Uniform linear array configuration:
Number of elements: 8
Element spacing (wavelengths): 0.25
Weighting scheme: kaiser
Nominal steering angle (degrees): -60
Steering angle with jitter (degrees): -61.032
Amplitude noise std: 0.05
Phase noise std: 0.05

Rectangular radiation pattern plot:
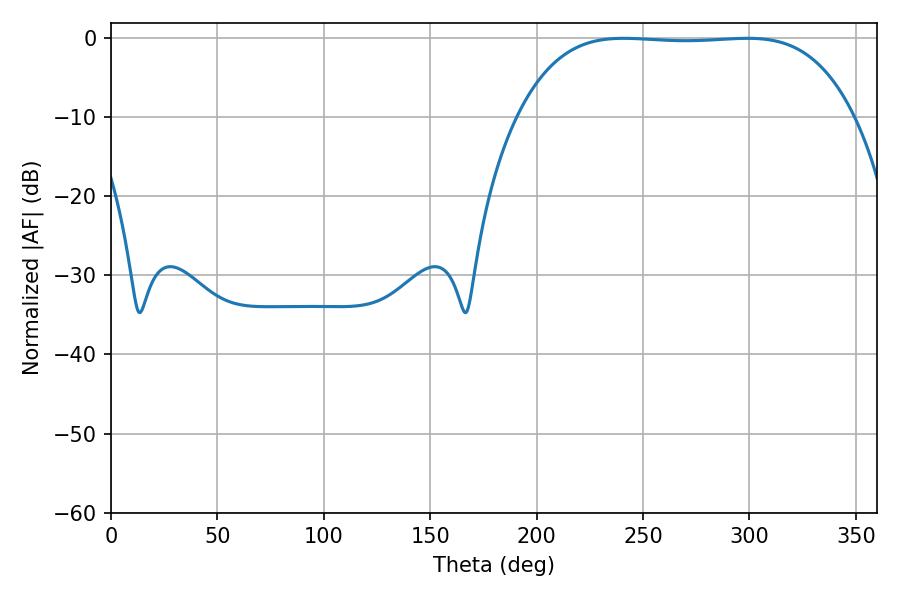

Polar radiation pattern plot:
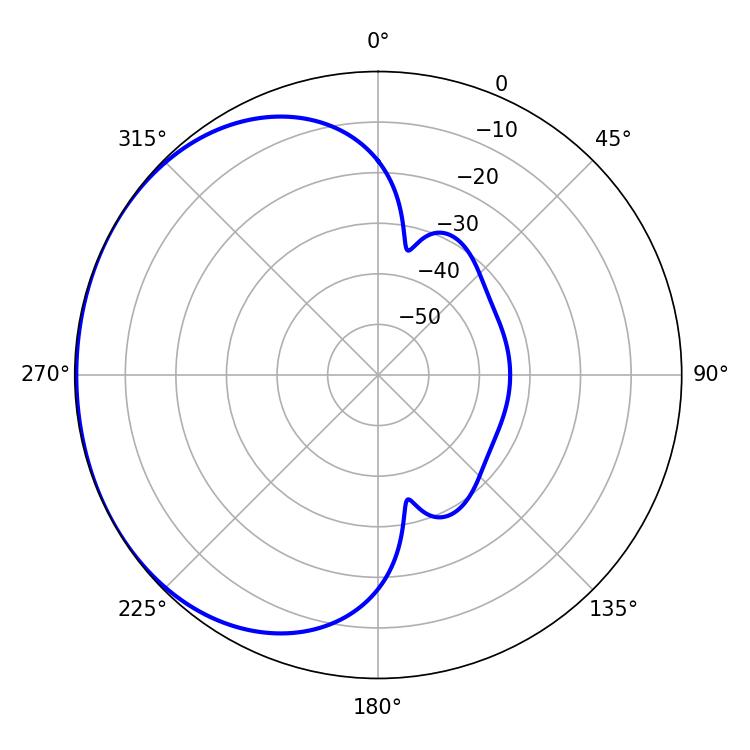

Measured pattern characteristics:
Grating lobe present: FALSE
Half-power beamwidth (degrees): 122.4
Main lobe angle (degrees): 240.84